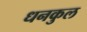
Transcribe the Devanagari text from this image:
धनकुल